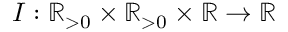
I : \mathbb { R } _ { > 0 } \times \mathbb { R } _ { > 0 } \times \mathbb { R } \to \mathbb { R }